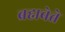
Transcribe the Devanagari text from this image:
ब्रह्मवेत्ते